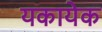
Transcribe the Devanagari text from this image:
यकायेक